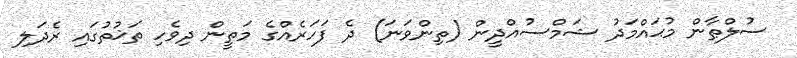
ސުލްޠާން މުޙައްމަދު ޝަމްސުއްދީން (ތިންވަނަ) ދެ ފަހަރެއްގެ މަތީން ދިވެހި ތަޚުތުގައި ރެދަލި